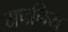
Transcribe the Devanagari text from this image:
यपनिय